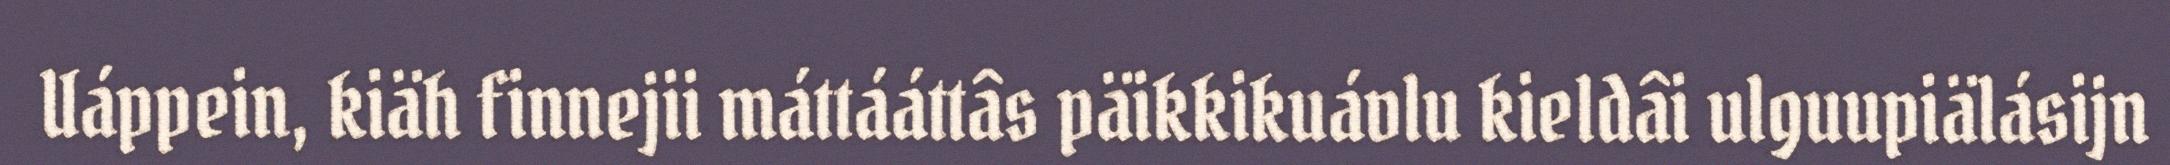
Uáppein, kiäh finnejii máttááttâs päikkikuávlu kieldâi ulguupiälásijn